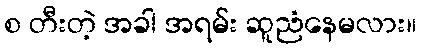
စ တီးတဲ့ အခါ အရမ်း ဆူညံနေမလား။